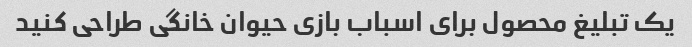
یک تبلیغ محصول برای اسباب بازی حیوان خانگی طراحی کنید